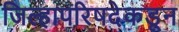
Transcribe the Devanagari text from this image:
जिल्हापरिषदेकडून